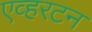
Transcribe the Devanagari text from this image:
एव्हरटन